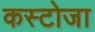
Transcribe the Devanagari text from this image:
कस्टोजा